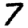
Digit: 7